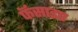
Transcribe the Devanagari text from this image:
फॅसाइए